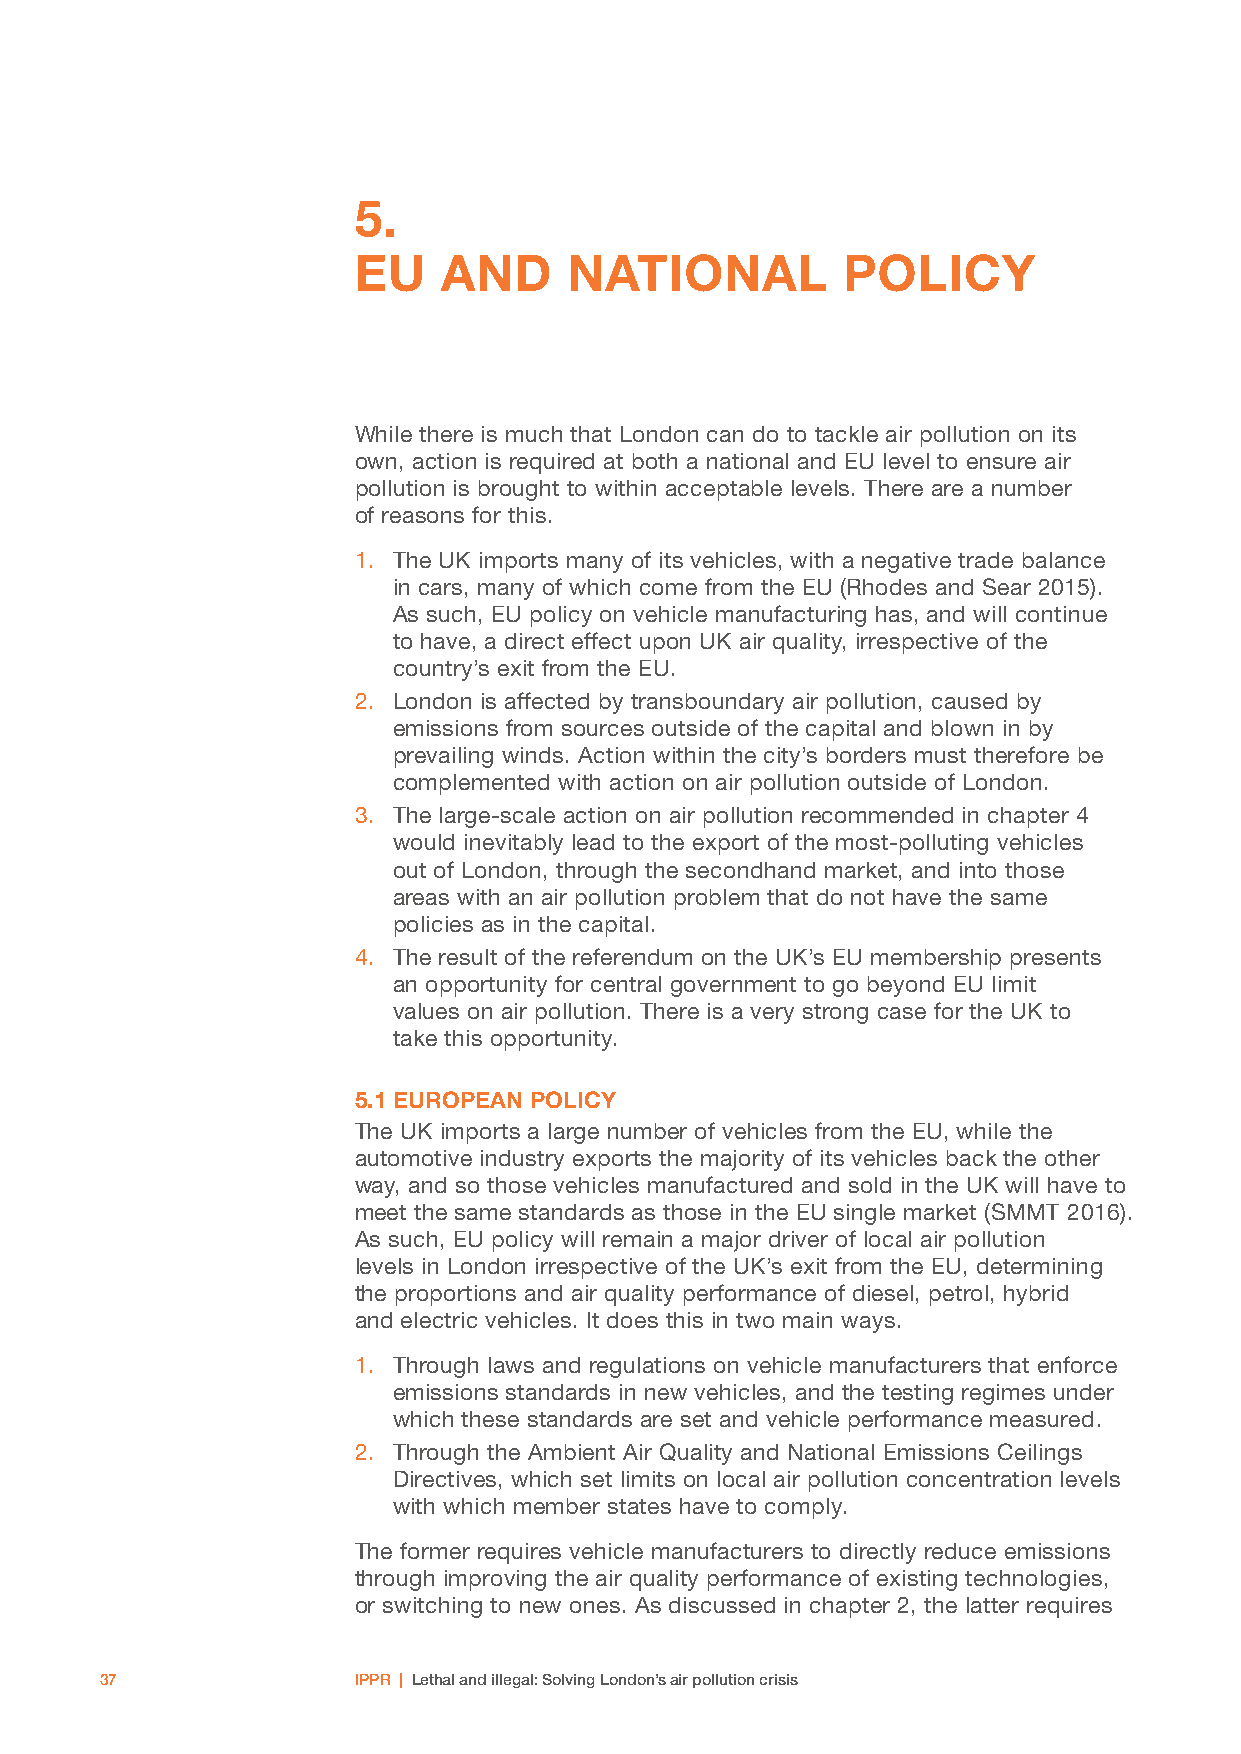
5.
 EU    AND      NATIONAL          POLICY
 While there is much that London can do to tackle air pollution on its
 own, action is required at both a national and EU level to ensure air
 pollution is brought to within acceptable levels. There are a number
 of reasons for this.
 1. The UK imports many of its vehicles, with a negative trade balance
 in cars, many of which come from the EU (Rhodes and Sear 2015).
 As such, EU policy on vehicle manufacturing has, and will continue
 to have, a direct effect upon UK air quality, irrespective of the
 country’s exit from the EU.
 2. London is affected by transboundary air pollution, caused by
 emissions from sources outside of the capital and blown in by
 prevailing winds. Action within the city’s borders must therefore be
 complemented with action on air pollution outside of London.
 3. The large-scale action on air pollution recommended in chapter 4
 would inevitably lead to the export of the most-polluting vehicles
 out of London, through the secondhand market, and into those
 areas with an air pollution problem that do not have the same
 policies as in the capital.
 4. The result of the referendum on the UK’s EU membership presents
 an opportunity for central government to go beyond EU limit
 values on air pollution. There is a very strong case for the UK to
 take this opportunity.
 5.1 EUROPEAN POLICY
 The UK imports a large number of vehicles from the EU, while the
 automotive industry exports the majority of its vehicles back the other
 way, and so those vehicles manufactured and sold in the UK will have to
 meet the same standards as those in the EU single market (SMMT 2016).
 As such, EU policy will remain a major driver of local air pollution
 levels in London irrespective of the UK’s exit from the EU, determining
 the proportions and air quality performance of diesel, petrol, hybrid
 and electric vehicles. It does this in two main ways.
 1. Through laws and regulations on vehicle manufacturers that enforce
 emissions standards in new vehicles, and the testing regimes under
 which these standards are set and vehicle performance measured.
 2. Through the Ambient Air Quality and National Emissions Ceilings
 Directives, which set limits on local air pollution concentration levels
 with which member states have to comply.
 The former requires vehicle manufacturers to directly reduce emissions
 through improving the air quality performance of existing technologies,
 or switching to new ones. As discussed in chapter 2, the latter requires
 37              IPPR | Lethal and illegal: Solving London’s air pollution crisis